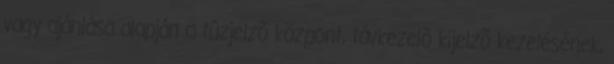
vagy ajánlása alapján a tûzjelzõ központ, távkezelõ kijelzõ kezelésének,